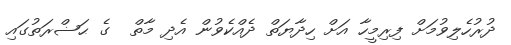
ދުރުހެލިވުމަށް ފިރިމީހާ އަށް ހިދާޔަތް ދެއްކެވުން އެދި މާތް  ގެ ޙަޟްރަތުގައި